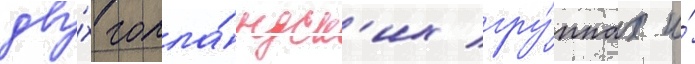
дву́х голла́ндск'их гру́ппах и́